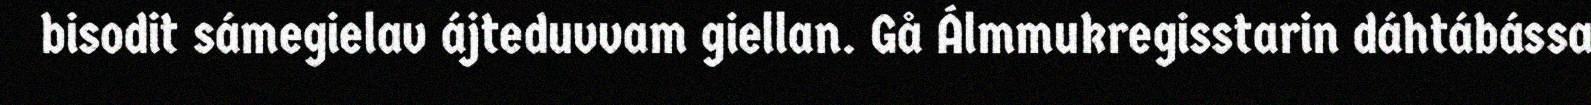
bisodit sámegielav ájteduvvam giellan. Gå Álmmukregisstarin dáhtábássa